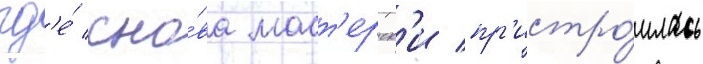
гд'е́ сно́ва маст'ерск'и пр'истро́илась